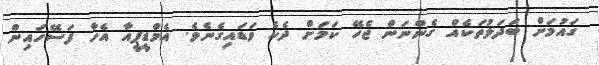
ގައުމަށް ބަދަލުތަކެއް ގެންނަން ޖެހޭ ކަމަށް ދެކެ ވަޑައިގެނެވެ. އެމްޑީޕީއާ އެހާ ފަސޭހައިން